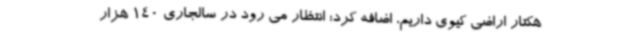
هکتار اراضی کیوی داریم، اضافه کرد: انتظار می رود در سالجاری 140 هزار